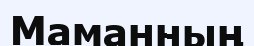
Маманның